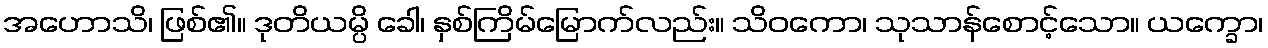
အဟောသိ၊ ဖြစ်၏။ ဒုတိယမ္ပိ ခေါ၊ နှစ်ကြိမ်မြောက်လည်း။ သိဝကော၊ သုသာန်စောင့်သော။ ယက္ခော၊